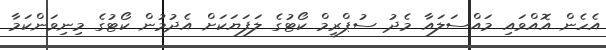
އެހެން އޮއްވައި މައްސަލައާ މެދު ސުޕްރީމް ކޯޓުގެ ލަފަޔަކަށް އެދުމުން ކޯޓުގެ މިނިވަންކަމާ